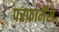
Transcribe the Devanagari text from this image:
परफ़ार्मेंस